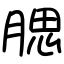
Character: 腮